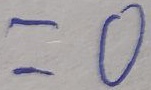
= 0